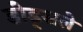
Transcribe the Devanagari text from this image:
डोड्सले